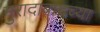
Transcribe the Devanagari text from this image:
मुरादाबादच्या